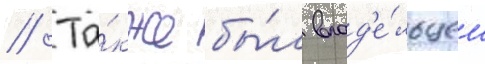
// Та́кже бы́л влад'е́льцем